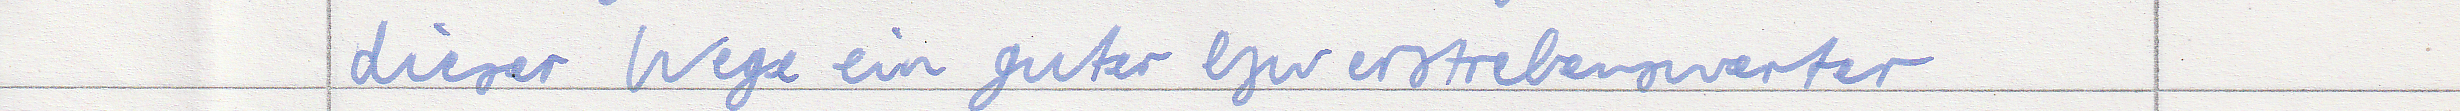
dieser Weg ein guter bzw erstrebenswerter